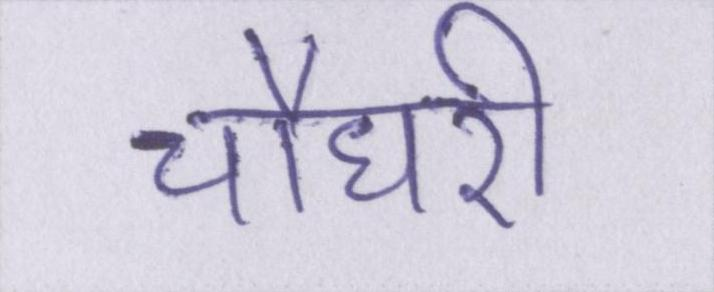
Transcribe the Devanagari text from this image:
चौधरी